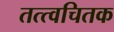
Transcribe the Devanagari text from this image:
तत्त्वचितक